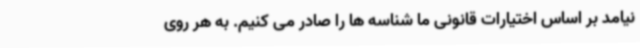
نیامد بر اساس اختیارات قانونی ما شناسه ها را صادر می کنیم. به هر روی